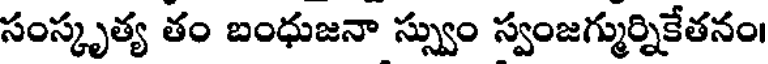
సంస్కృత్య తం బంధుజనా స్స్వుం స్వంజగ్ముర్నికేతనం